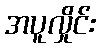
အပူလှိုင်း